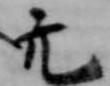
亢